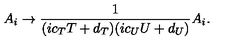
A _ { i } \rightarrow { \frac { 1 } { ( i c _ { T } T + d _ { T } ) ( i c _ { U } U + d _ { U } ) } } A _ { i } .